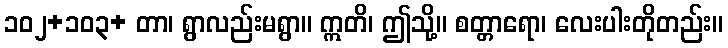
၁၀၂+၁၀၃+ တာ၊ ရွာလည်းမရွာ။ ဣတိ၊ ဤသို့။ စတ္တာရော၊ လေးပါးတိုတည်း။